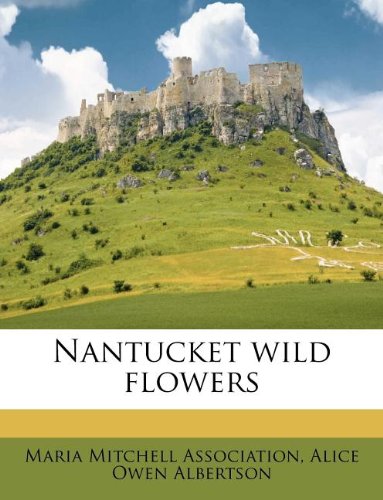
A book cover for Nantucket wild flowers; Alice Owen Albertson; Crafts, Hobbies & Home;